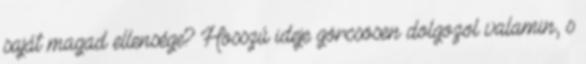
saját magad ellensége? Hosszú ideje görcsösen dolgozol valamin, s